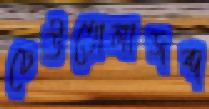
ঢেউতোলাজব্দ